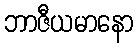
ဘာဇီယမာနော